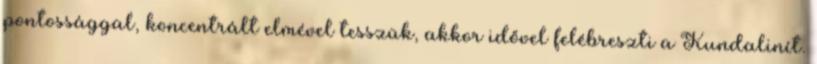
pontossággal, koncentrált elmével tesszük, akkor idővel felébreszti a Kundalinít.